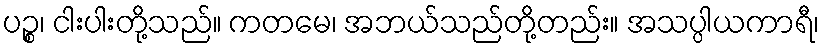
ပဉ္စ၊ ငါးပါးတို့သည်။ ကတမေ၊ အဘယ်သည်တို့တည်း။ အသပ္ပါယကာရီ၊